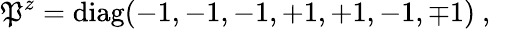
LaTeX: \mathfrak{P}^{z}=\mathrm{{diag}}(-1,-1,-1,+1,+1,-1,\mp1)~,~\,